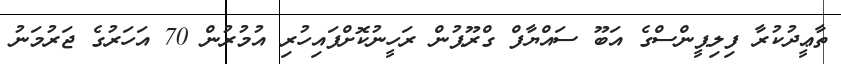
ތާޢީދުކުރާ ފިލިޕީންސްގެ އަބޫ ސައްޔާފް ގްރޫޕުން ރަހީނުކޮށްފައިހުރި އުމުރުން 70 އަހަރުގެ ޖަރުމަނު